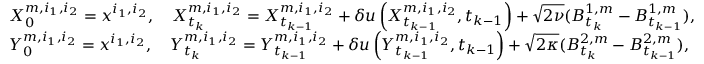
\begin{array} { r l } & { X _ { 0 } ^ { m , i _ { 1 } , i _ { 2 } } = x ^ { i _ { 1 } , i _ { 2 } } , \quad X _ { t _ { k } } ^ { m , i _ { 1 } , i _ { 2 } } = X _ { t _ { k - 1 } } ^ { m , i _ { 1 } , i _ { 2 } } + \delta u \left( X _ { t _ { k - 1 } } ^ { m , i _ { 1 } , i _ { 2 } } , t _ { k - 1 } \right) + \sqrt { 2 \nu } ( B _ { t _ { k } } ^ { 1 , m } - B _ { t _ { k - 1 } } ^ { 1 , m } ) , } \\ & { Y _ { 0 } ^ { m , i _ { 1 } , i _ { 2 } } = x ^ { i _ { 1 } , i _ { 2 } } , \quad Y _ { t _ { k } } ^ { m , i _ { 1 } , i _ { 2 } } = Y _ { t _ { k - 1 } } ^ { m , i _ { 1 } , i _ { 2 } } + \delta u \left( Y _ { t _ { k - 1 } } ^ { m , i _ { 1 } , i _ { 2 } } , t _ { k - 1 } \right) + \sqrt { 2 \kappa } ( B _ { t _ { k } } ^ { 2 , m } - B _ { t _ { k - 1 } } ^ { 2 , m } ) , } \end{array}